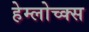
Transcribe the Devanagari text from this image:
हेम्लोच्क्स